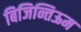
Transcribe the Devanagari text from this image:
बिजिन्तिऊम